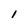
Character: i